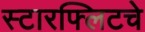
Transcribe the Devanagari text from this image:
स्टारफ्लिटचे